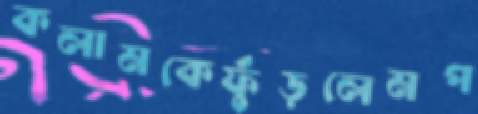
কলামকেফুঁড়লেমপ